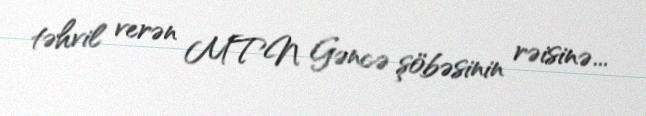
təhvil verən MTN Gəncə şöbəsinin rəisinə...